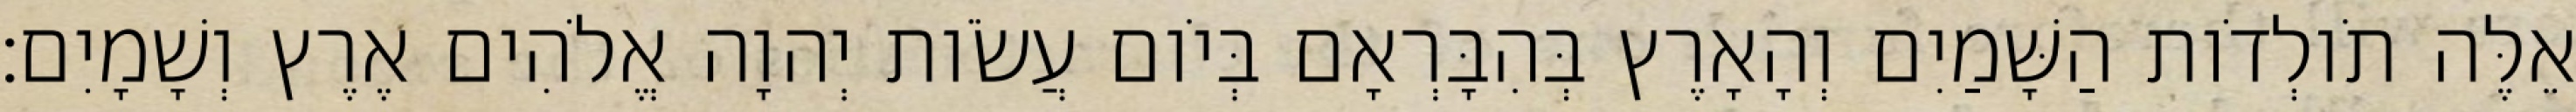
אֵלֶּה תֹולְדֹות הַשָּׁמַיִם וְהָאָרֶץ בְּהִבָּרְאָם בְּיֹום עֲשֹׂות יְהוָה אֱלֹהִים אֶרֶץ וְשָׁמָיִם׃